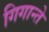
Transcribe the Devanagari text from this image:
गिगान्ते